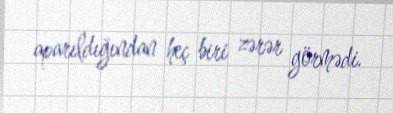
aparıldığından heç biri zərər görmədi.